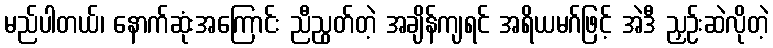
မည်ပါတယ်၊ နောက်ဆုံးအကြောင်း ညီညွတ်တဲ့ အချိန်ကျရင် အရိယမဂ်ဖြင့် အဲဒီ ညှဉ်းဆဲလိုတဲ့